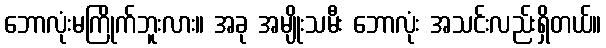
ဘောလုံးမကြိုက်ဘူးလား။ အခု အမျိုးသမီး ဘောလုံး အသင်းလည်းရှိတယ်။